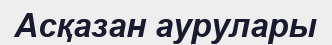
Асқазан аурулары